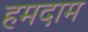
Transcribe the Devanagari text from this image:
हमदाम